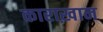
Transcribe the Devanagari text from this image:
काराख़ान